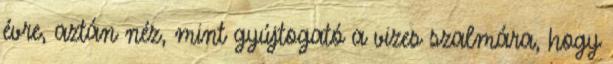
évre, aztán néz, mint gyújtogató a vizes szalmára, hogy